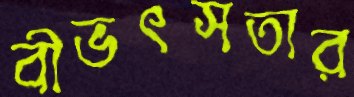
বীভৎসতার